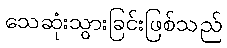
သေဆုံးသွားခြင်းဖြစ်သည်